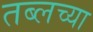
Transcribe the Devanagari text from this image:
तब्लच्या